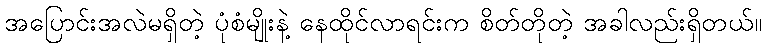
အပြောင်းအလဲမရှိတဲ့ ပုံစံမျိုးနဲ့ နေထိုင်လာရင်းက စိတ်တိုတဲ့ အခါလည်းရှိတယ်။